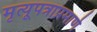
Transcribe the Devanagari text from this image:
मृत्यूपत्राप्रमाणे